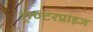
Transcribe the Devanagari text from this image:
एण्टरप्राइज